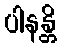
ပါနန္တိ